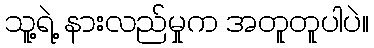
သူ့ရဲ့ နားလည်မှုက အတူတူပါပဲ။